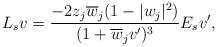
LaTeX: \begin{align*}L_sv=\frac{-2z_j\overline{w}_j(1-|w_j|^2)}{(1+\overline{w}_jv^\prime)^3}E_sv^\prime,\end{align*}